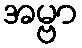
အမ္ဗာ